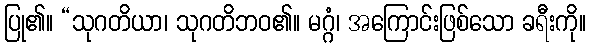
ပြု၏။ “သုဂတိယာ၊ သုဂတိဘဝ၏။ မဂ္ဂံ၊ အကြောင်းဖြစ်သော ခရီးကို။